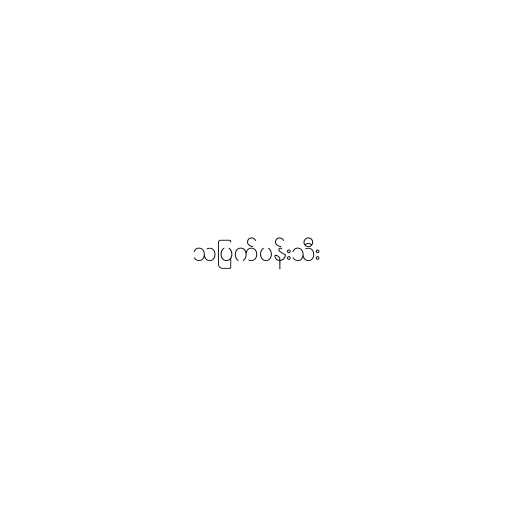
သပြက်ပန်းသီး